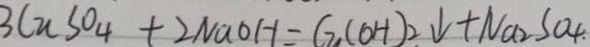
3 C u S o _ { 4 } + 2 N a O H = C _ { 3 } ( O H ) _ { 2 } \downarrow + N a _ { 2 } S O _ { 4 }